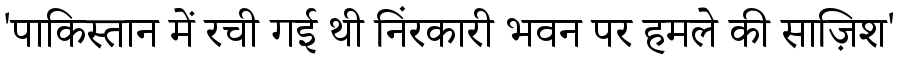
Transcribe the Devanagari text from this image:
'पाकिस्तान में रची गई थी निंरकारी भवन पर हमले की साज़िश'